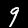
Digit: 9